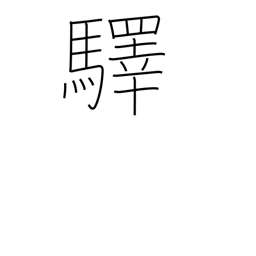
Meaning: station